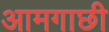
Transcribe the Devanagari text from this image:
आमगाछी